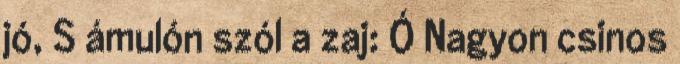
jó, S ámulón szól a zaj: Ó Nagyon csinos